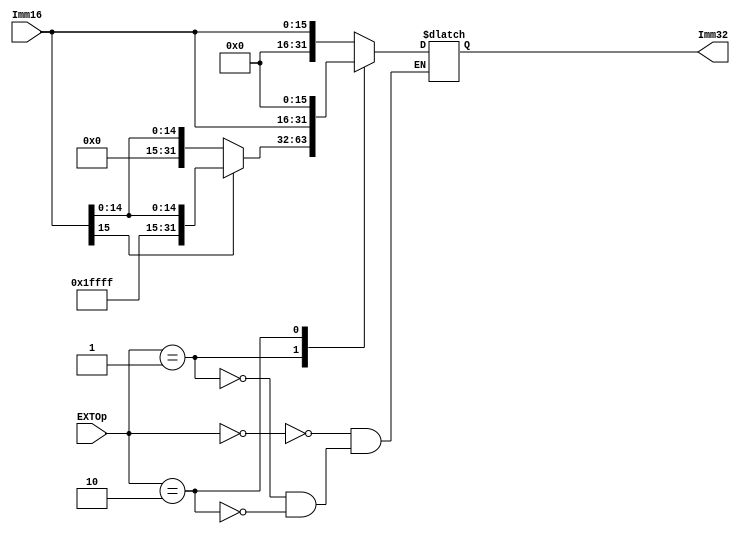

//////////////////////////////////////////////////////////////////////////////////
// Company: 
// Engineer: 
// 
// Design Name: 
// Module Name:    EXT 
// Project Name: 
// Target Devices: 
// Tool versions: 
// Description: 
//
// Dependencies: 
//
// Revision: 
// Revision 0.01 - File Created
// Additional Comments: 
//
//////////////////////////////////////////////////////////////////////////////////
module EXT(Imm16, EXTOp, Imm32);
    input [15:0]Imm16;
    input [1:0]EXTOp;
    output reg [31:0]Imm32;

    always@(Imm16 or EXTOp)
    begin
        case(EXTOp)
            2'b00: Imm32={16'b0,Imm16}; //
            2'b01: Imm32=Imm16[15]?{16'hffff,Imm16}:{16'b0,Imm16}; //
            2'b10: Imm32={Imm16,16'b0}; //lui
            default:;
        endcase
    end
endmodule